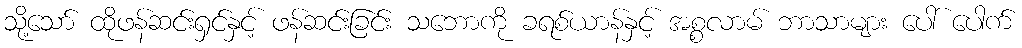
သို့သော် ထိုဖန်ဆင်းရှင်နှင့် ဖန်ဆင်းခြင်း သဘောကို ခရစ်ယာန်နှင့် အစ္စလာမ် ဘာသာများ ပေါ် ပေါက်